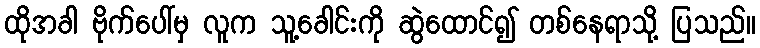
ထိုအခါ ဗိုက်ပေါ်မှ လူက သူ့ခေါင်းကို ဆွဲထောင်၍ တစ်နေရာသို့ ပြသည်။